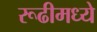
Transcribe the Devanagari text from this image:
रूढीमध्ये